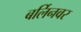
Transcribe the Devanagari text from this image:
बर्लिनवर